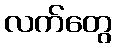
လက်တွေ